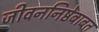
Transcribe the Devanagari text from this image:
जीवननिष्ठेबाबत